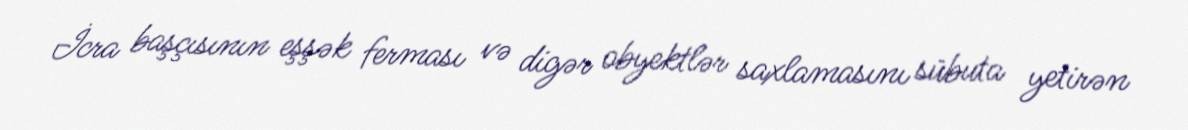
İcra başçısının eşşək ferması və digər obyektlər saxlamasını sübuta yetirən